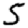
Digit: 5